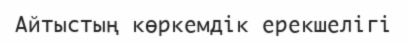
Айтыстың көркемдік ерекшелігі